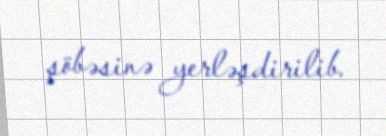
şöbəsinə yerləşdirilib.